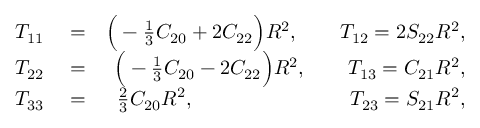
\begin{array} { r l r } { { \cal T } _ { 1 1 } } & { { } = } & { \Big ( - { \textstyle \frac { 1 } { 3 } } C _ { 2 0 } + 2 C _ { 2 2 } \Big ) R ^ { 2 } , \qquad { \cal T } _ { 1 2 } = 2 S _ { 2 2 } R ^ { 2 } , } \\ { { \cal T } _ { 2 2 } } & { { } = } & { \Big ( - { \textstyle \frac { 1 } { 3 } } C _ { 2 0 } - 2 C _ { 2 2 } \Big ) R ^ { 2 } , \qquad { \cal T } _ { 1 3 } = C _ { 2 1 } R ^ { 2 } , } \\ { { \cal T } _ { 3 3 } } & { { } = } & { { \textstyle \frac { 2 } { 3 } } C _ { 2 0 } R ^ { 2 } , \qquad \qquad \qquad \quad ~ ~ { \cal T } _ { 2 3 } = S _ { 2 1 } R ^ { 2 } , } \end{array}